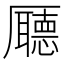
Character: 𠫇